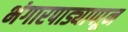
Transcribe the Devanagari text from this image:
भंगारपाड्यापाून